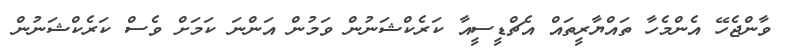
ވާންޖެހޭ އެންމެހާ ތައްޔާރީތައް އެޗްޑީސީއާ ކަރެކްޝަނުން ވަމުން އަންނަ ކަމަށް ވެސް ކަރެކްޝަނުން